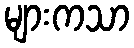
များကသာ